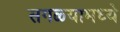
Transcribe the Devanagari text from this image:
सगळ्यामध्ये